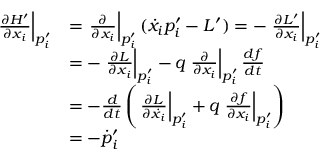
{ \begin{array} { r l } { \left. { \frac { \partial H ^ { \prime } } { \partial { x _ { i } } } } \right| _ { p _ { i } ^ { \prime } } } & { = \left. { \frac { \partial } { \partial { x _ { i } } } } \right| _ { p _ { i } ^ { \prime } } ( { \dot { x } } _ { i } p _ { i } ^ { \prime } - L ^ { \prime } ) = - \left. { \frac { \partial L ^ { \prime } } { \partial { x _ { i } } } } \right| _ { p _ { i } ^ { \prime } } } \\ & { = - \left. { \frac { \partial L } { \partial { x _ { i } } } } \right| _ { p _ { i } ^ { \prime } } - q \left. { \frac { \partial } { \partial { x _ { i } } } } \right| _ { p _ { i } ^ { \prime } } { \frac { d f } { d t } } } \\ & { = - { \frac { d } { d t } } \left( \left. { \frac { \partial L } { \partial { { \dot { x } } _ { i } } } } \right| _ { p _ { i } ^ { \prime } } + q \left. { \frac { \partial f } { \partial { x _ { i } } } } \right| _ { p _ { i } ^ { \prime } } \right) } \\ & { = - { \dot { p } } _ { i } ^ { \prime } } \end{array} }